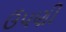
ઉપણી